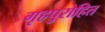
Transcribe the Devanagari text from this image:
गृहपुरोहित